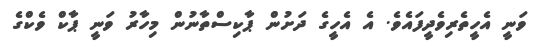
ވަނީ އެހީތެރިވެދީފައެވެ. އެ އެހީގެ ދަށުން ޕާކިސްތާނުން މިހާރު ވަނީ ޕާކް ވެކްގެ